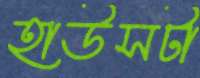
হাউসটা